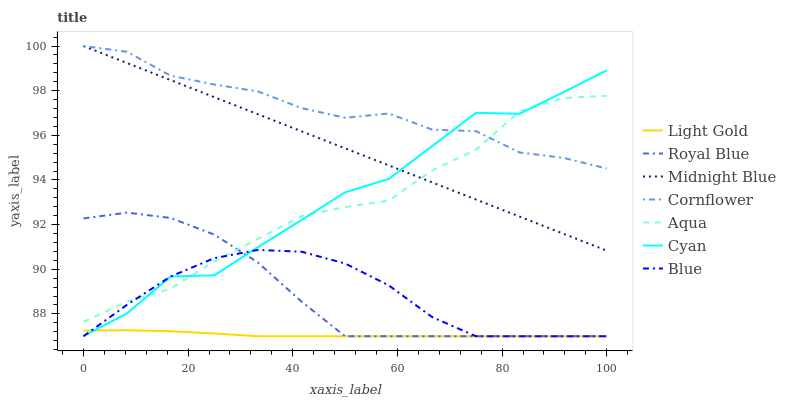
| xaxis_label | Light Gold | Royal Blue | Midnight Blue | Cornflower | Aqua | Cyan | Blue |
 | --- | --- | --- | --- | --- | --- | --- | --- |
 | 0 | 87.3 | 92.3 | 100 | 100 | 87.6 | 87 | 87 |
 | 8.33 | 87.3 | 92.5 | 99.2 | 99.7 | 88.6 | 88 | 88.4 |
 | 16.7 | 87.2 | 92.3 | 98.5 | 98.7 | 89.1 | 89.7 | 89.7 |
 | 25 | 87.1 | 91.6 | 97.7 | 98.3 | 90.4 | 89.7 | 90.5 |
 | 33.3 | 87 | 90.3 | 96.9 | 98 | 91.4 | 91 | 90.9 |
 | 41.7 | 87 | 88.6 | 96.2 | 97.2 | 92.4 | 92.2 | 90.8 |
 | 50 | 87 | 87 | 95.4 | 96.8 | 92.8 | 93.4 | 90.3 |
 | 58.3 | 87 | 87 | 94.7 | 97 | 93.1 | 94 | 89.3 |
 | 66.7 | 87 | 87 | 93.9 | 96.3 | 94.4 | 95.5 | 87.9 |
 | 75 | 87 | 87 | 93.1 | 96.2 | 95.4 | 97 | 87 |
 | 83.3 | 87 | 87 | 92.4 | 95.2 | 97.1 | 97 | 87 |
 | 91.7 | 87 | 87 | 91.6 | 95 | 97.7 | 97.9 | 87 |
 | 100 | 87 | 87 | 90.8 | 94.5 | 97.8 | 98.9 | 87 |